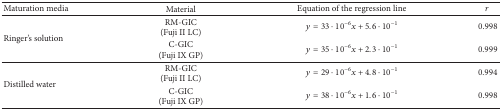
<table><thead><tr><td><b>Maturation media</b></td><td><b>Material</b></td><td><b>Equation of the regression line</b></td><td><b><i>r</i></b></td></tr></thead><tbody><tr><td rowspan="2">Ringer&#x27;s solution</td><td>RM-GIC (Fuji II LC)</td><td><i>y</i> = 33 · 10<sup>−6</sup><i>x</i> + 5.6 · 10<sup>−1</sup></td><td>0.998</td></tr><tr><td>C-GIC (Fuji IX GP)</td><td><i>y</i> = 35 · 10<sup>−6</sup><i>x</i> + 2.3 · 10<sup>−1</sup></td><td>0.999</td></tr><tr><td rowspan="2">Distilled water</td><td>RM-GIC(Fuji II LC)</td><td><i>y</i> = 29 · 10<sup>−6</sup><i>x</i> + 4.8 · 10<sup>−1</sup></td><td>0.994</td></tr><tr><td>C-GIC(Fuji IX GP)</td><td><i>y</i> = 38 · 10<sup>−6</sup><i>x</i> + 1.6 · 10<sup>−1</sup></td><td>0.998</td></tr></tbody></table>